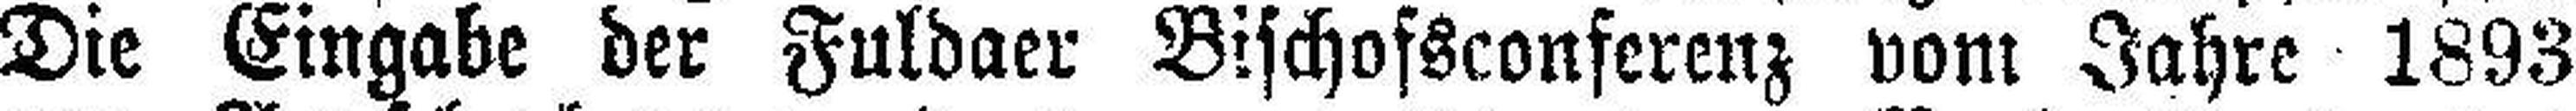
Die Eingabe der Fuldaer Bischofsconferenz vom Jahre 1893